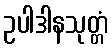
ဥပါဒါနသုတ္တံ